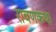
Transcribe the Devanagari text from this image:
रावणकथा